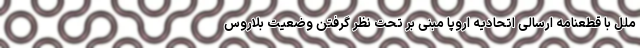
ملل با قطعنامه ارسالی اتحادیه اروپا مبنی بر تحت نظر گرفتن وضعیت بلاروس